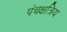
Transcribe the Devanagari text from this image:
पंचक्षत्रिय